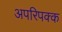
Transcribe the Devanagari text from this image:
अपरिपक्क